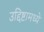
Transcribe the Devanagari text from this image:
उद्दिष्टामध्ये